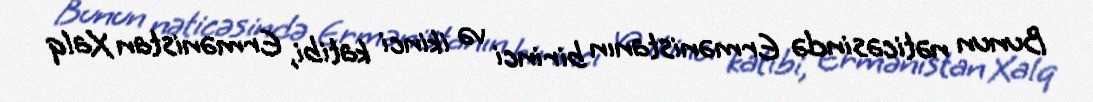
Bunun nəticəsində Ermənistanın birinci və ikinci katibi, Ermənistan Xalq